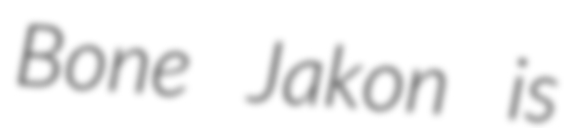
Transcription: Bone Jakon is